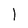
Character: 1